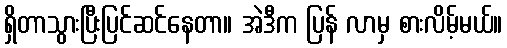
ရှိတာသွားပြီးပြင်ဆင်နေတာ။ အဲဒီက ပြန် လာမှ စားလိမ့်မယ်။